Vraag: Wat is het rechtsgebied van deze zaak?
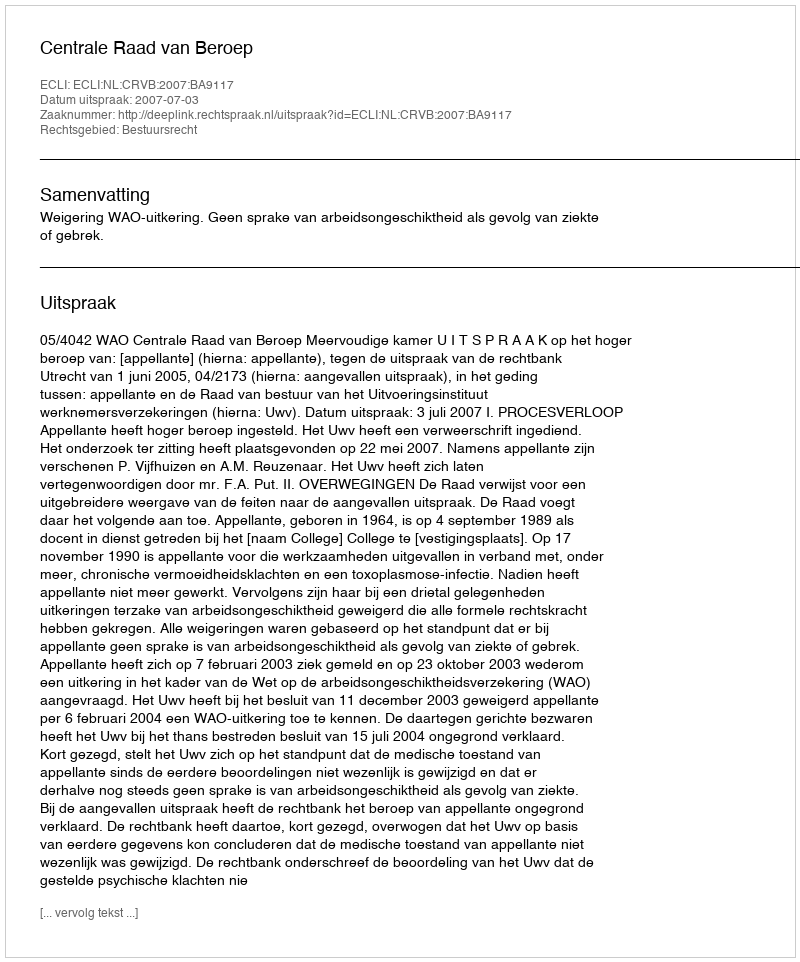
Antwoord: Bestuursrecht